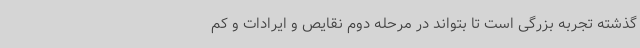
گذشته تجربه بزرگی است تا بتواند در مرحله دوم نقایص و ایرادات و کم